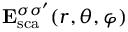
\mathbf { E } _ { \mathrm { { s c a } } } ^ { \sigma \sigma ^ { \prime } } ( r , \theta , \varphi )